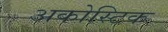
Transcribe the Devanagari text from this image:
अकोस्टिक